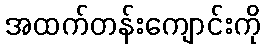
အထက်တန်းကျောင်းကို